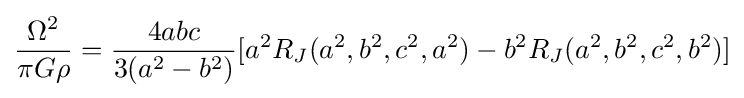
{\frac {\Omega ^{2}}{\pi G\rho }}={\frac {4abc}{3(a^{2}-b^{2})}}[a^{2}R_{J}(a^{2},b^{2},c^{2},a^{2})-b^{2}R_{J}(a^{2},b^{2},c^{2},b^{2})]